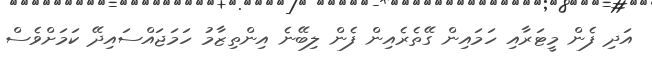
އަދި ފެން މީޓަރާއި ހަމައިން ގޭތެރެއިން ފެން ލިބޭނެ އިންތިޒާމު ހަމަޖައްސައިދޭ ކަމަށްވެސް